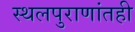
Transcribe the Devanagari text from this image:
स्थलपुराणांतही